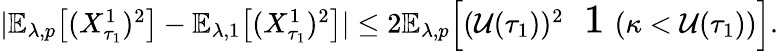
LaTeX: \begin{array}{r}{|\mathbb{E}_{\lambda,p}\! \left[(X_{\tau_{1}}^{1})^{2}\right]-\mathbb{E}_{\lambda,1}\! \left[(X_{\tau_{1}}^{1})^{2}\right]|\leq 2\mathbb{E}_{\lambda,p}\! \left[(\mathcal{U}(\tau_{1}))^{2}{\mathrm{\Large~\mathfrak~1~}}(\kappa<\mathcal{U}(\tau_{1}))\right].}\end{array}